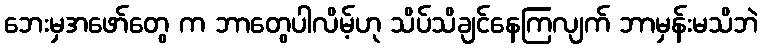
ဘေးမှအဖော်တွေ က ဘာတွေပါလိမ့်ဟု သိပ်သိချင်နေကြလျက် ဘာမှန်းမသိဘဲ